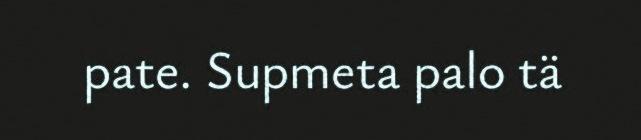
pate. Supmeta palo tä